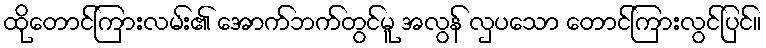
ထိုတောင်ကြားလမ်း၏ အောက်ဘက်တွင်မူ အလွန် လှပသော တောင်ကြားလွင်ပြင်။